Madras plague regulations in force outside the Presidency town - Volume 1
Disease focus: Plague
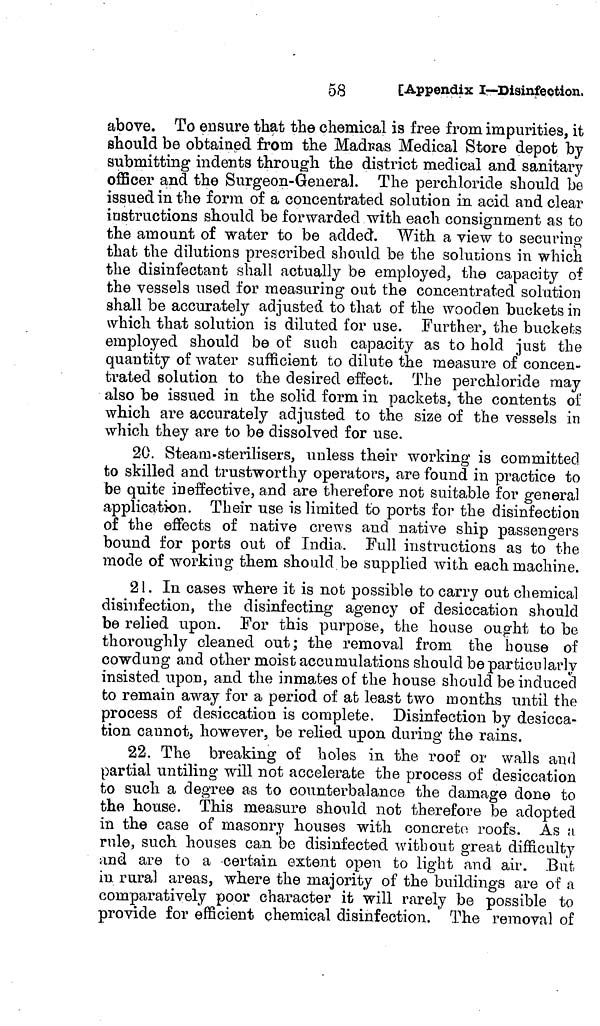
58
[Appendix I—Disinfection.
above. To ensure that the chemical is free from impurities, it
should be obtained from the Madras Medical Store depot by
submitting indents through the district medical and sanitary
officer and the Surgeon-General. The perchloride should be
issued in the form of a concentrated solution in acid and clear
instructions should be forwarded with each consignment as to
the amount of water to be added. With a view to securing
that the dilutions prescribed should be the solutions in which
the disinfectant shall actually be employed, the capacity of
the vessels used for measuring out the concentrated solution
shall be accurately adjusted to that of the wooden buckets in
which that solution is diluted for use. Further, the buckets
employed should be of such capacity as to hold just the
quantity of water sufficient to dilute the measure of concen-
trated solution to the desired effect. The perchloride may
also be issued in the solid form in packets, the contents of
which are accurately adjusted to the size of the vessels in
which they are to be dissolved for use.
20. Steam-sterilisers, unless their working is committed
to skilled and trustworthy operators, are found in practice to
be quite ineffective, and are therefore not suitable for general
application. Their use is limited to ports for the disinfection
of the effects of native crews and native ship passengers
bound for ports out of India. Full instructions as to the
mode of working them should be supplied with each machine.
21. In cases where it is not possible to carry out chemical
disinfection, the disinfecting agency of desiccation should
be relied upon. For this purpose, the house ought to be
thoroughly cleaned out; the removal from the house of
cowdung and other moist accumulations should be particularly
insisted upon, and the inmates of the house should be induced
to remain away for a period of at least two months until the
process of desiccation is complete. Disinfection by desicca-
tion cannot, however, be relied upon during the rains.
22. The breaking of holes in the roof or walls and
partial untiling will not accelerate the process of desiccation
to such a degree as to counterbalance the damage done to
the house. This measure should not therefore be adopted
in the case of masonry houses with concreto roofs. As a
rule, such houses can be disinfected without great difficulty
and are to a certain extent open to light and air. But
in rural areas, where the majority of the buildings are of a
comparatively poor character it will rarely be possible to
provide for efficient chemical disinfection. The removal of